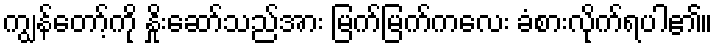
ကျွန်တော့်ကို နှိုးဆော်သည်အား မြက်မြက်ကလေး ခံစားလိုက်ရပါ၏။